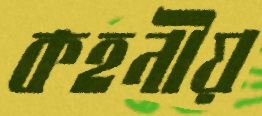
কহনীয়